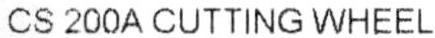
CS 200A CUTTING WHEEL